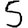
Digit: 5